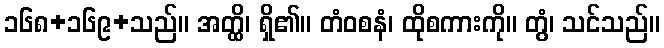
၁၆၈+၁၆၉+သည်။ အတ္ထိ၊ ရှိ၏။ တံဝစနံ၊ ထိုစကားကို။ တွံ၊ သင်သည်။